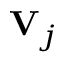
\mathbf { V } _ { j }